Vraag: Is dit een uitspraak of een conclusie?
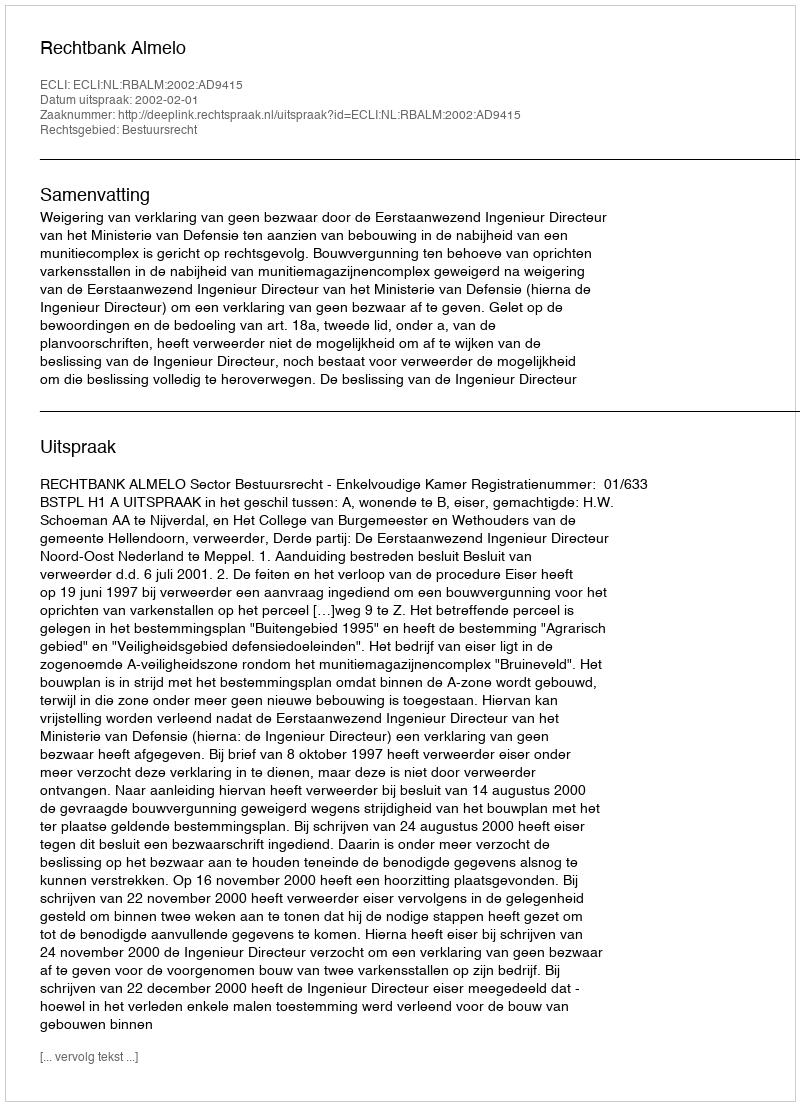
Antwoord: Uitspraak